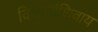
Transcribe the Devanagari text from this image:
विभागांशिवाय